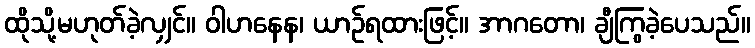
ထိုသို့မဟုတ်ခဲ့လျှင်။ ဝါဟနေန၊ ယာဉ်ရထားဖြင့်။ အာဂတော၊ ချီကြွခဲ့ပေသည်။